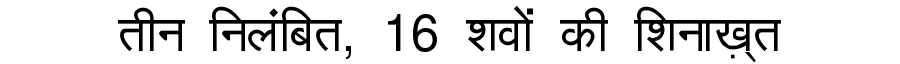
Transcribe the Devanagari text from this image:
तीन निलंबित, 16 शवों की शिनाख़्त